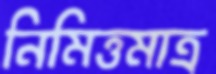
নিমিত্তমাত্র